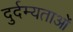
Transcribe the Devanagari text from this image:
दुर्दम्यताओं